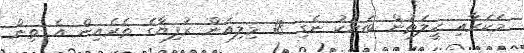
މަކަރާއި ހީލަތުން ބަޔަކު ނެގި 18 މިލިއަން ރުފިޔާގެ ތެރެއިން އެ ތިން